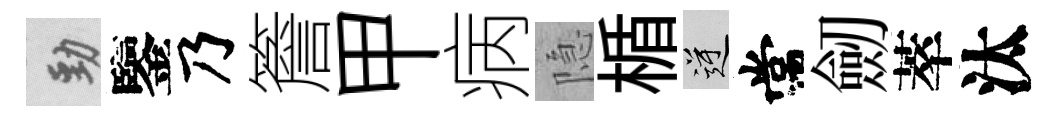
勁鑒乃簷甲病隐楯逆常劒萃汰